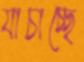
যাচাচ্ছে